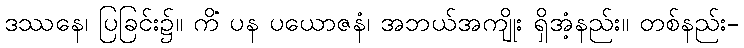
ဒဿနေ၊ ပြခြင်း၌။ ကိံ ပန ပယောဇနံ၊ အဘယ်အကျိုး ရှိအံ့နည်း။ တစ်နည်း-